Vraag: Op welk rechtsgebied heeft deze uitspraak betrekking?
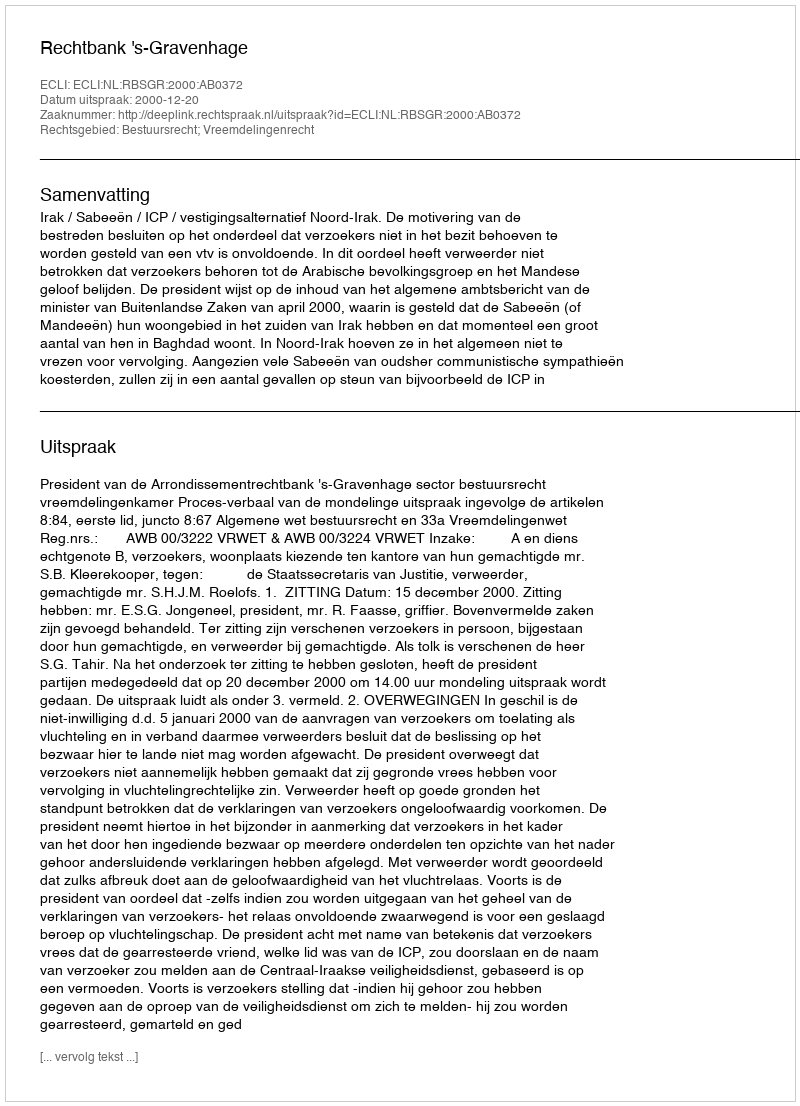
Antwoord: Bestuursrecht; Vreemdelingenrecht